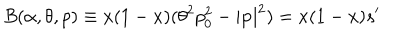
LaTeX: B ( \alpha , \theta , p ) \equiv x ( 1 - x ) ( \theta ^ { 2 } p _ { 0 } ^ { 2 } - | \mathbf { p } | ^ { 2 } ) = x ( 1 - x ) s ^ { \prime }